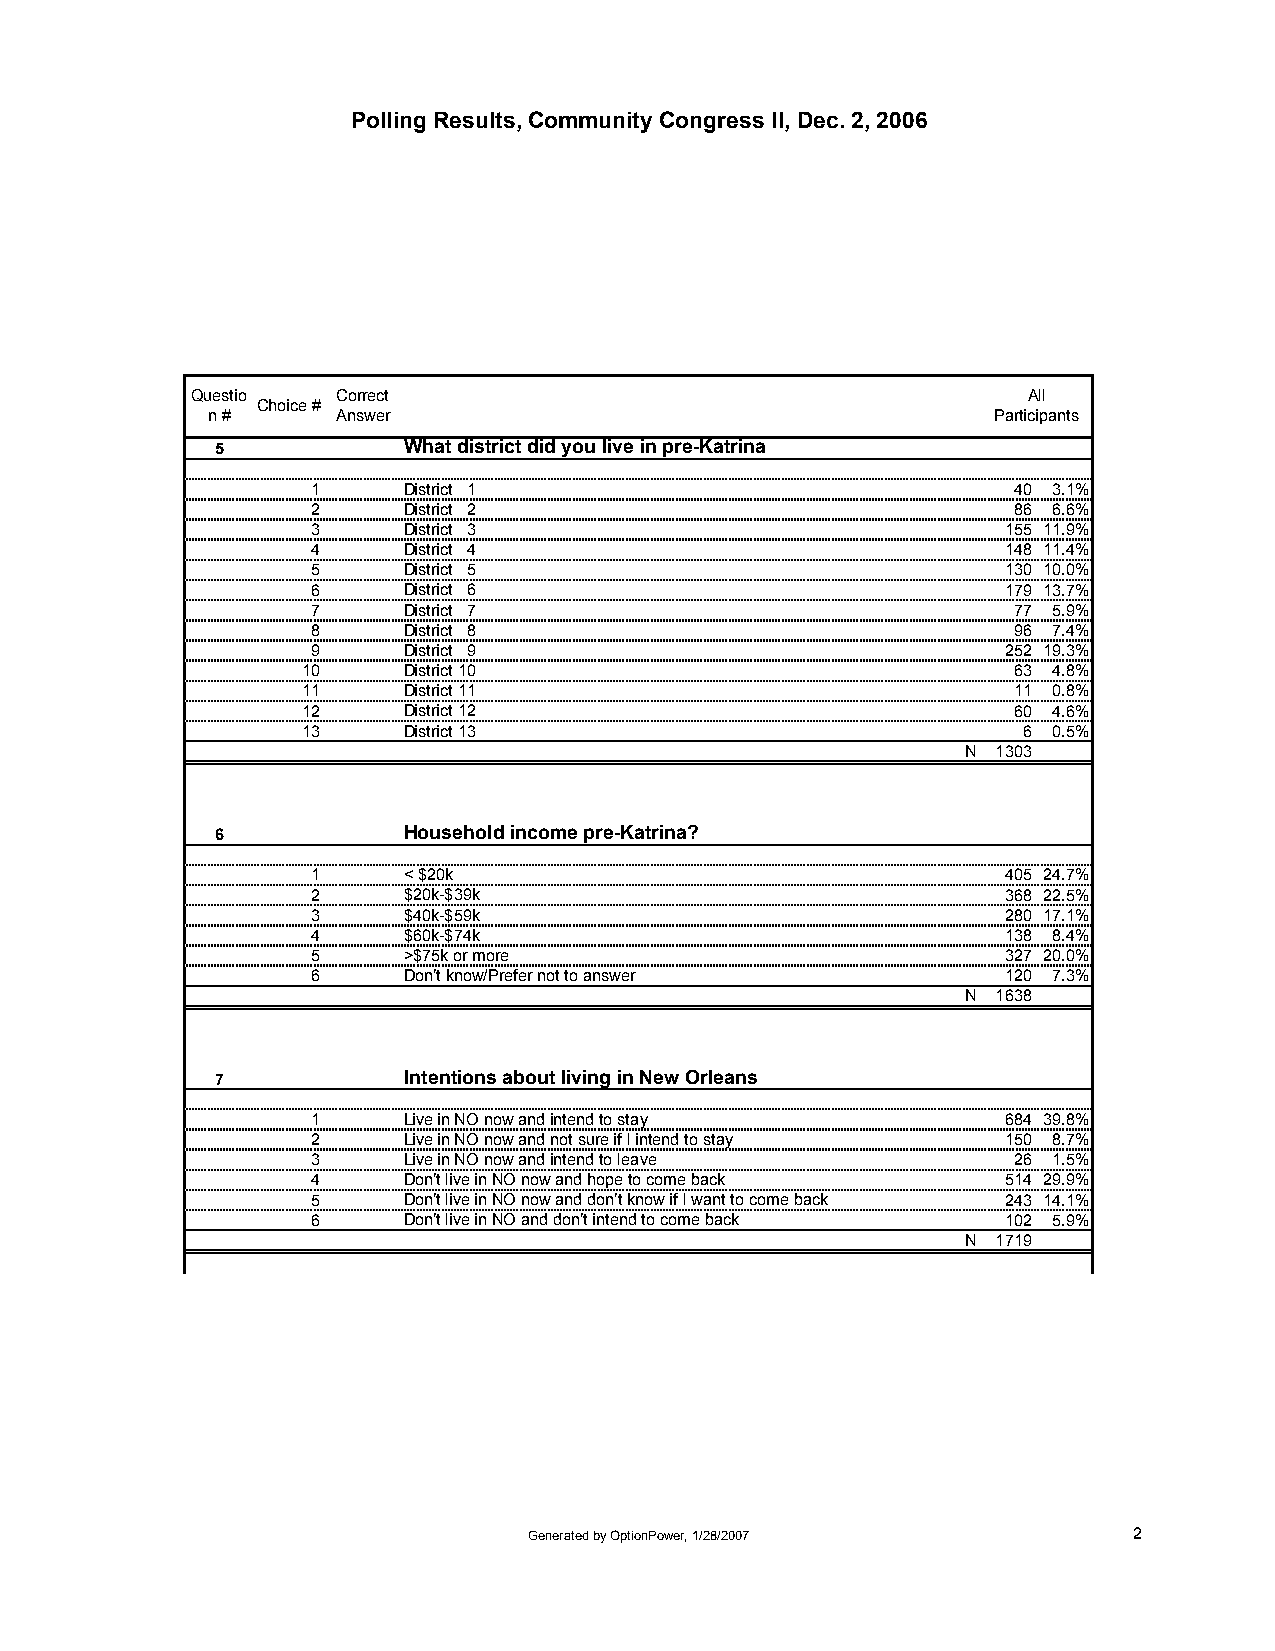
Polling Results, Community Congress II, Dec. 2, 2006
 Questio  Correct                                       All
 Choice #
 n #     Answer                                      Participants
 5            What district did you live in pre-Katrina
 1     District 1                              40 3.1%
 2     District 2                              86 6.6%
 3     District 3                              155 11.9%
 4     District 4                              148 11.4%
 5     District 5                              130 10.0%
 6     District 6                              179 13.7%
 7     District 7                              77 5.9%
 8     District 8                              96 7.4%
 9     District 9                              252 19.3%
 10     District 10                             63 4.8%
 11     District 11                             11 0.8%
 12     District 12                             60 4.6%
 13     District 13                              6 0.5%
 N 1303
 6            Household income pre-Katrina?
 1     < $20k                                  405 24.7%
 2     $20k-$39k                               368 22.5%
 3     $40k-$59k                               280 17.1%
 4     $60k-$74k                               138 8.4%
 5     >$75k or more                           327 20.0%
 6     Don’t know/Prefer not to answer         120 7.3%
 N 1638
 7            Intentions about living in New Orleans
 1     Live in NO now and intend to stay       684 39.8%
 2     Live in NO now and not sure if I intend to stay 150 8.7%
 3     Live in NO now and intend to leave      26 1.5%
 4     Don’t live in NO now and hope to come back 514 29.9%
 5     Don’t live in NO now and don’t know if I want to come back 243 14.1%
 6     Don’t live in NO and don’t intend to come back 102 5.9%
 N 1719
 Generated by OptionPower, 1/28/2007     2